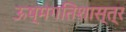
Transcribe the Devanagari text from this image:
ऊष्मगतिशास्त्र